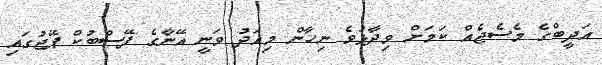
އަދީބްގެ މެސެޖެއް ކަމަށް ވިދާޅުވެ ނިހާން މިއަދު ވަނީ އޭނާގެ ފޭސްބުކް ޕޭޖުގައި